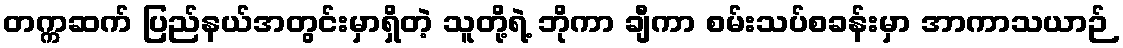
တက္ကဆက် ပြည်နယ်အတွင်းမှာရှိတဲ့ သူတို့ရဲ့ ဘိုကာ ချီကာ စမ်းသပ်စခန်းမှာ အာကာသယာဉ်